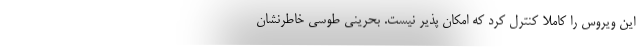
این ویروس را کاملا کنترل کرد که امکان پذیر نیست. بحرینی طوسی خاطرنشان